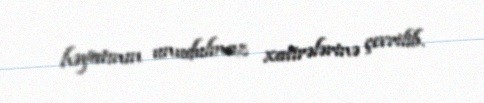
həyatının unudulmaz xatirələrinə çevrilib.